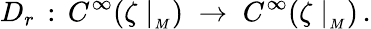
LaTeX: D_{r}\, :\, C^{\infty}(\zeta\mid_{_M})\; \rightarrow\; C^{\infty}(\zeta\mid_{_M})\, .